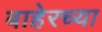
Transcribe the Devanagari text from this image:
बाहेरच्‍या